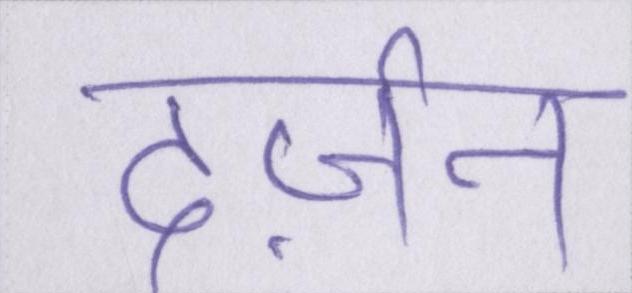
दर्ज़न